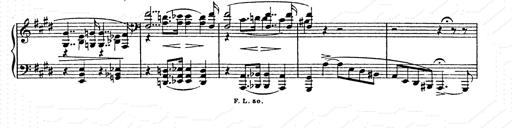
Title: AnnÃ©es de pÃ¨lerinage II
Composer: Franz Liszt